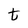
Character: t